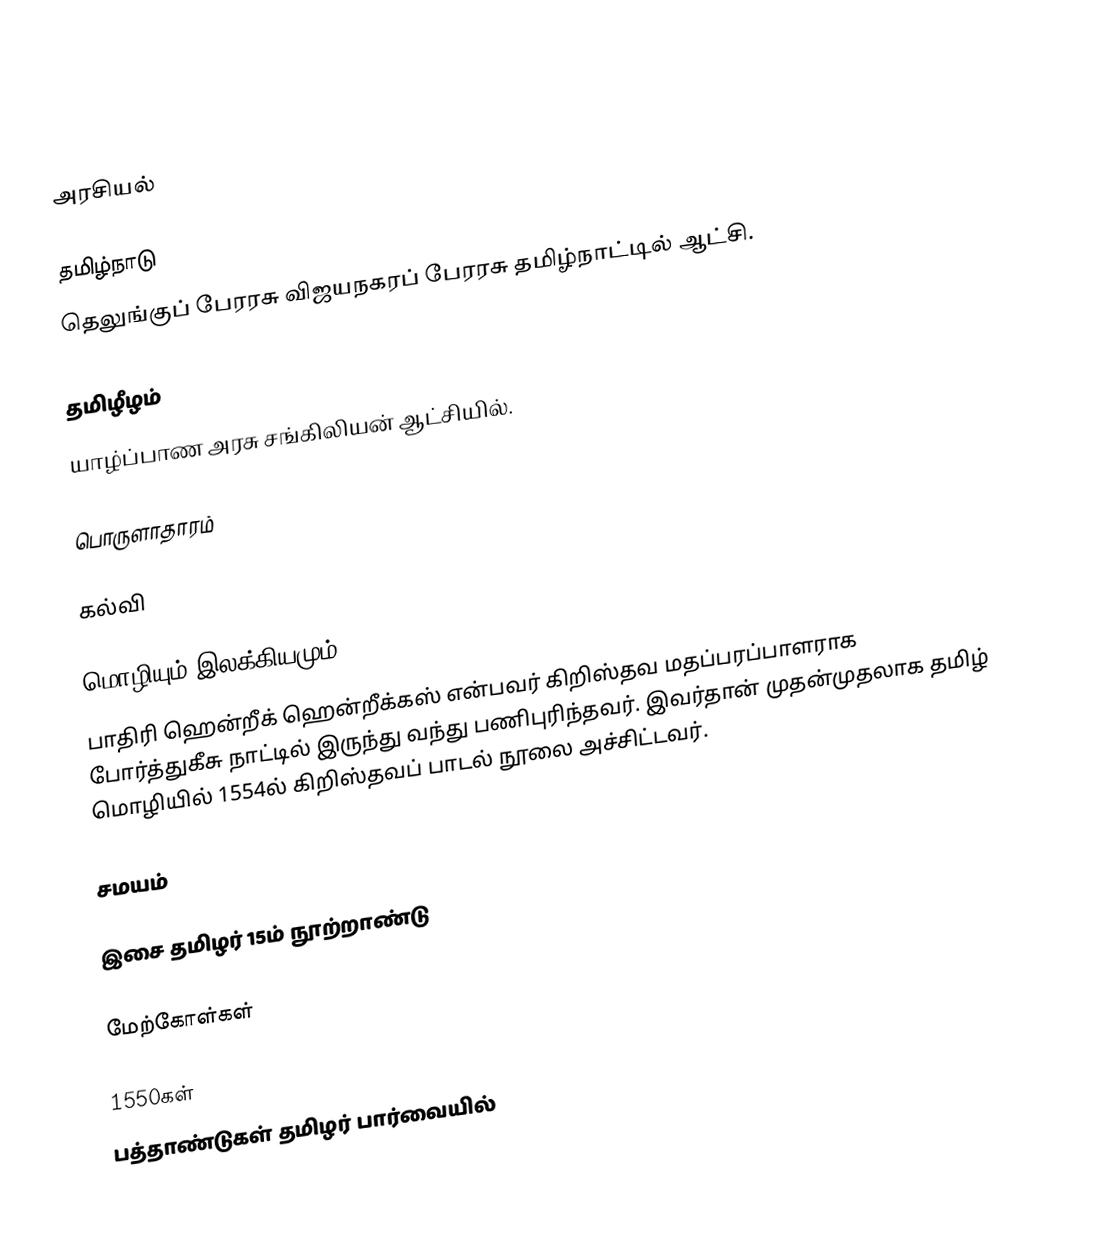

அரசியல்

தமிழ்நாடு
 தெலுங்குப் பேரரசு விஜயநகரப் பேரரசு தமிழ்நாட்டில் ஆட்சி.

தமிழீழம்
 யாழ்ப்பாண அரசு சங்கிலியன் ஆட்சியில்.

பொருளாதாரம்

கல்வி

மொழியும் இலக்கியமும்
பாதிரி ஹென்றீக் ஹென்றீக்கஸ் என்பவர் கிறிஸ்தவ மதப்பரப்பாளராக போர்த்துகீசு நாட்டில் இருந்து வந்து பணிபுரிந்தவர். இவர்தான் முதன்முதலாக தமிழ் மொழியில் 1554ல் கிறிஸ்தவப் பாடல் நூலை அச்சிட்டவர்.

சமயம்

இசை தமிழர் 15ம் நூற்றாண்டு

மேற்கோள்கள்

1550கள்
பத்தாண்டுகள் தமிழர் பார்வையில்